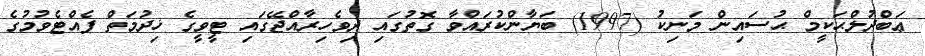
ޢަބްދުލްޙަކީމް ޙުސައިން މަނިކު (1997) ބަޔާންކުރައްވާ ގޮތުގައި ދިވެހިރާއްޖޭގައި ޓީވީގެ ޚިދުމަތް ފެއްޓެވުމުގެ